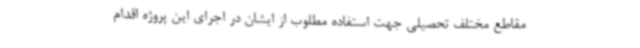
مقاطع مختلف تحصیلی جهت استفاده مطلوب از ایشان در اجرای این پروژه اقدام